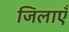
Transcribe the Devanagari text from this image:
जिलाएँ